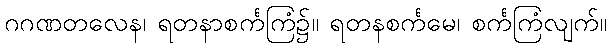
ဂဂဏတလေန၊ ရတနာစင်္ကကြံ၌။ ရတနစင်္ကမေ၊ စင်္ကကြံလျက်။